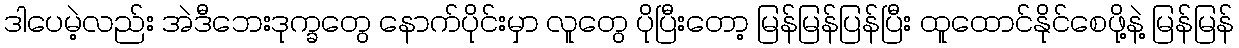
ဒါပေမဲ့လည်း အဲဒီဘေးဒုက္ခတွေ နောက်ပိုင်းမှာ လူတွေ ပိုပြီးတော့ မြန်မြန်ပြန်ပြီး ထူထောင်နိုင်စေဖို့နဲ့ မြန်မြန်